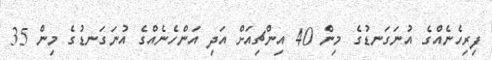
ފިރިހެނެއްގެ އުނަގަނޑުގެ މިން 40 އިންޗިއަށް އަދި އަންހެނެއްގެ އުނަގަނޑުގެ މިން 35